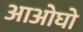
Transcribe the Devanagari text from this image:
आओघो